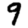
Digit: 9